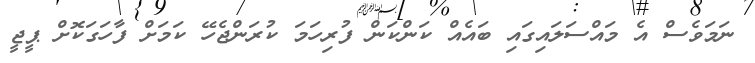
ނަމަވެސް އެ މައްސަލައިގައި ބައެއް ކަންކަން ފުރިހަމަ ކުރަންޖެހޭ ކަމަށް ފާހަގަކޮށް ޕީޖީ